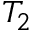
T _ { 2 }